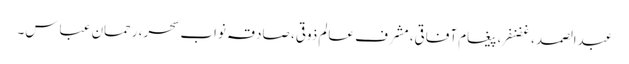
عبدالصمد ، غضنفر، پیغام آفاقی، مشرف عالم ذوقی، صادقہ نواب سحر، رحمان عباس۔